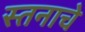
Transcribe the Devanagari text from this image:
स्तनाचे